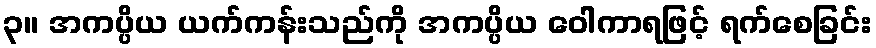
၃။ အကပ္ပိယ ယက်ကန်းသည်ကို အကပ္ပိယ ဝေါကာရဖြင့် ရက်စေခြင်း